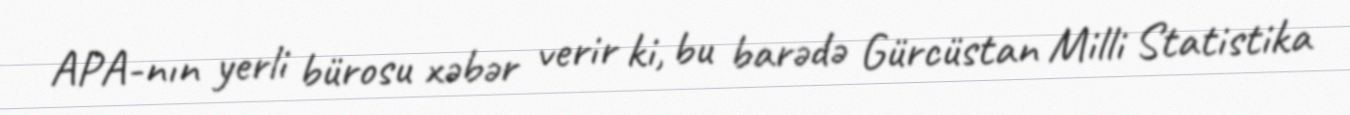
APA-nın yerli bürosu xəbər verir ki, bu barədə Gürcüstan Milli Statistika